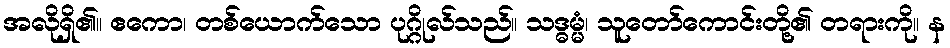
အလိုရှိ၏။ ဧကော၊ တစ်ယောက်သော ပုဂ္ဂိုလ်သည်။ သဒ္ဓမ္မံ၊ သူတော်ကောင်းတို့၏ တရားကို။ န